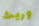
وريث